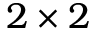
2 \times 2